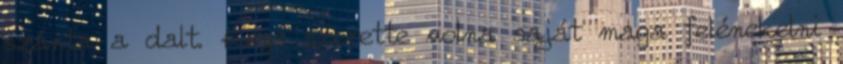
szánta a dalt. Keys szerette volna saját maga felénekelni